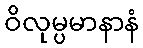
ဝိလုမ္ပမာနာနံ